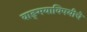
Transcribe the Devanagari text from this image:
वाङ्‌मयाविषयीचे